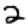
Digit: 2